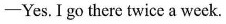
-Yes.I go there twice a week.